Vaccination in Burma 1920-1933 - 1920-1933
Year: 1920
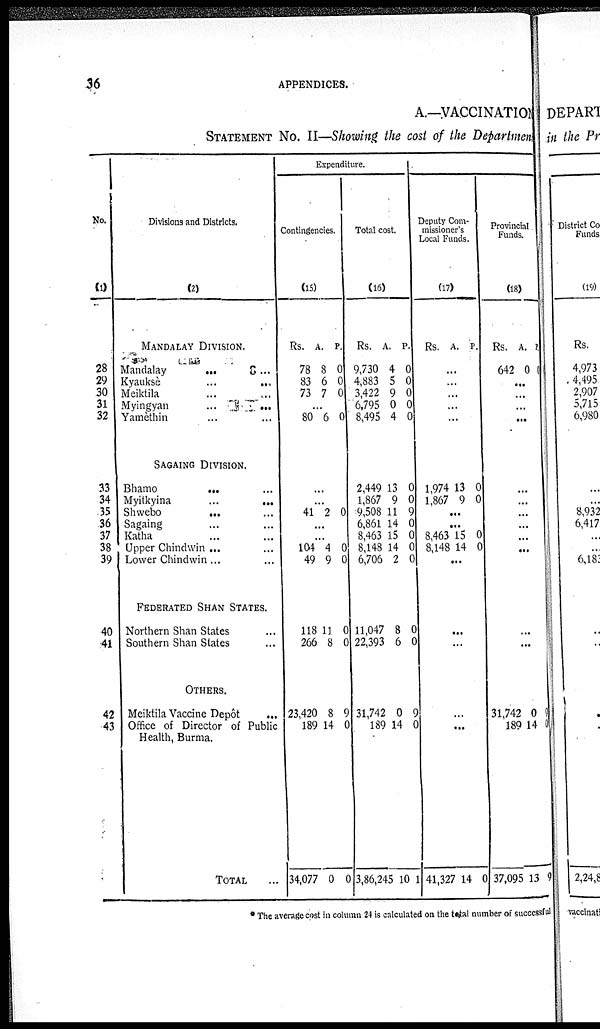
36
APPENDICES.
A.—VACCINATION
STATEMENT No. II—Showing the cost of the Department
No.
(1)
28
29
30
31
32
33
34
35
36
37
38
39
40
41
42
43
Divisions and Districts.
(2)
MANDALAY DIVISION.
Mandalay
...
...
Kyauksè
...
...
Meiktila ... ...
Myingyan ... ...
Yamèthin ... ...
SAGAING DIVISION.
Bhamo
...
...
Myitkyina
...
...
Shwebo
...
...
Sagaing ... ...
Katha ... ...
Upper Chindwin ... ...
Lower Chindwin ... ...
FEDERATED SHAN STATES.
Northern Shan States ...
Southern Shan Slates ...
OTHERS.
Meiktila Vaccine Depôt ...
Office of Director of Public
Health, Burma.
TOTAL ...
Expenditure.
Contingencies.
(15)
Rs.
78
83
73
A.
8
6
7
P.
0
0
0
...
80 6 0
...
...
41 2 0
...
...
104
49
4
9
0
0
118
266
11
8
0
0
23,420
189
34,077
8
14
0
9
0
0
Total cost
(16)
Rs.
9,730
4,883
3,422
6,795
8,495
A.
4
5
9
0
4
P.
0
0
0
0
0
2,449
1,867
9,508
6,861
8,463
8,148
6,706
11,047
22,393
13
9
11
14
15
14
2
8
6
0
0
9
0
0
0
0
0
0
31,742
189
3,86,245
0
14
10
9
0
1
Deputy Com-
missioner's
Local Funds.
(17)
Rs. A. P.
...
...
...
...
...
1,974
1,867
13
9
0
0
...
...
8,463
8,148
15
14
0
0
...
...
...
...
...
41,327 14 0
Provincial
Funds.
(18)
Rs.
642
A.
0
P.
1
...
...
...
...
...
...
...
...
...
...
...
...
...
31,742
189
37,095
0
14
1
9
0
9
* The average cost in column 24 is calculated on the total number of successful